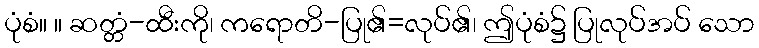
ပုံစံ။ ။ ဆတ္တံ-ထီးကို၊ ကရောတိ-ပြု၏=လုပ်၏၊ ဤပုံစံ၌ ပြုလုပ်အပ် သော